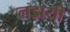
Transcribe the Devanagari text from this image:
लड़ायी